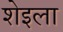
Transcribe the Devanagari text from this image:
शेइला